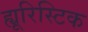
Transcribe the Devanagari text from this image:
ह्यूरिस्टिक